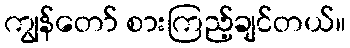
ကျွန်တော် စားကြည့်ချင်တယ်။